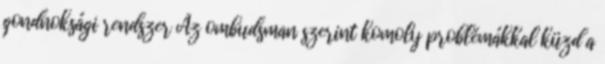
gondnoksági rendszer Az ombudsman szerint komoly problémákkal küzd a